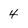
Character: 4